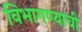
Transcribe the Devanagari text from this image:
विभागण्याची